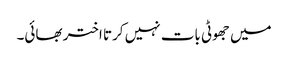
میں جھوٹی بات نہیں کرتا اختر بھائی۔